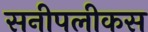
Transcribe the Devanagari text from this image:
सनीपलीकस